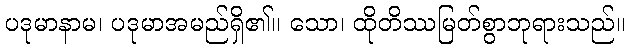
ပဒုမာနာမ၊ ပဒုမာအမည်ရှိ၏။ သော၊ ထိုတိဿမြတ်စွာဘုရားသည်။